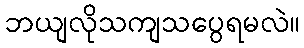
ဘယျလိုသကျသပွေရမလဲ။